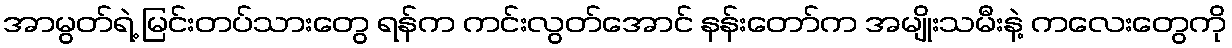
အာမွတ်ရဲ့ မြင်းတပ်သားတွေ ရန်က ကင်းလွတ်အောင် နန်းတော်က အမျိုးသမီးနဲ့ ကလေးတွေကို